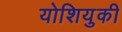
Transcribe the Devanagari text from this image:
योशियुकी